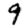
Digit: 9